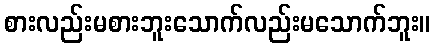
စားလည်းမစားဘူးသောက်လည်းမသောက်ဘူး။